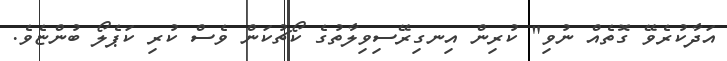
އަދާކުރެވޭ ގޮތެއް ނުވި" ކުރިން އިނގިރޭސިވިލާތުގެ ކޯޗުކަން ވެސް ކުރި ކަޕެލޯ ބުންޏެވެ.